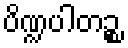
ပိဏ္ဍပါတဉ္စ